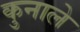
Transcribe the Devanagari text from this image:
कुनाले